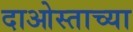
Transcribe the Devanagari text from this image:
दाओस्ताच्या